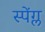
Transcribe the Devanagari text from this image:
स्पेंग्ल